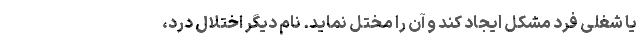
یا شغلی فرد مشکل ایجاد کند و آن را مختل نماید. نام دیگر اختلال درد،